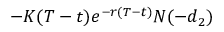
- K ( T - t ) e ^ { - r ( T - t ) } N ( - d _ { 2 } )